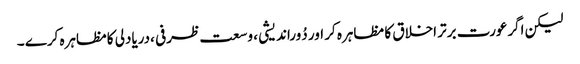
لیکن اگرعورت برتر اخلاق کا مظاہرہ کر اور دُوراندیشی ، وسعت ظرفی ،دریادلی کامظاہرہ کرے ۔